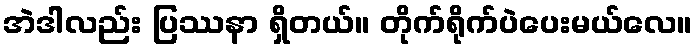
အဲဒါလည်း ပြဿနာ ရှိတယ်။ တိုက်ရိုက်ပဲပေးမယ်လေ။